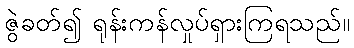
ဇွဲခတ်၍ ရုန်းကန်လှုပ်ရှားကြရသည်။